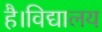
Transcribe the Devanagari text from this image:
है।विद्यालय